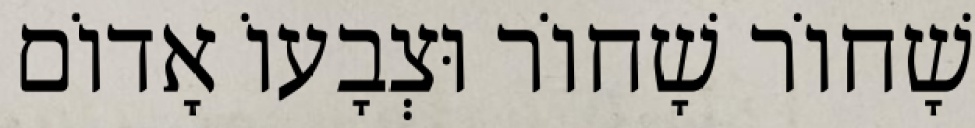
שָׁחוֹר שָׁחוֹר וּצְבָעוֹ אָדוֹם